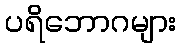
ပရိဘောဂများ